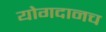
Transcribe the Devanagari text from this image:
योगदानच